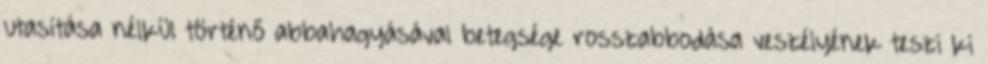
utasítása nélkül történő abbahagyásával betegsége rosszabbodása veszélyének teszi ki